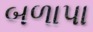
બળાપા